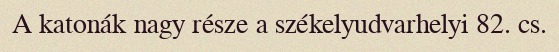
A katonák nagy része a székelyudvarhelyi 82. cs.